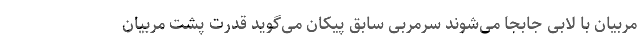
مربیان با لابی جابجا می‌شوند سرمربی سابق پیکان می‌گوید قدرت پشت مربیان